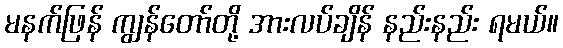
မနက်ဖြန် ကျွန်တော်တို့ အားလပ်ချိန် နည်းနည်း ရမယ်။